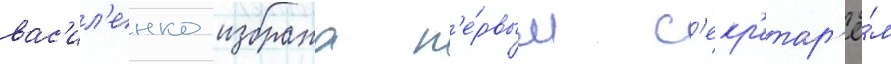
вас'ил'енко избрана п'е́рвым с'екр'етар'ё́м